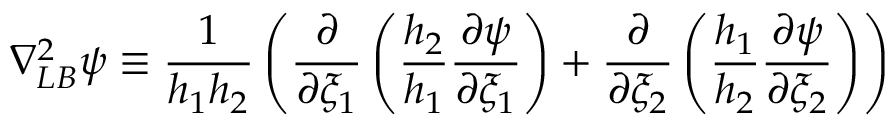
\nabla _ { L B } ^ { 2 } \psi \equiv \frac { 1 } { h _ { 1 } h _ { 2 } } \left( \frac { \partial } { \partial \xi _ { 1 } } \left( \frac { h _ { 2 } } { h _ { 1 } } \frac { \partial \psi } { \partial \xi _ { 1 } } \right) + \frac { \partial } { \partial \xi _ { 2 } } \left( \frac { h _ { 1 } } { h _ { 2 } } \frac { \partial \psi } { \partial \xi _ { 2 } } \right) \right)